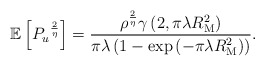
\begin{align*} \!\!\!\!\!\!\mathbb{E}\left[{P_u}^{\frac{2}{\eta}} \right]=\frac{\rho^{\frac{2}{\eta}} \gamma\left(2, \pi \lambda R_{\rm M}^{2} \right)}{\pi\lambda\left( 1-\exp\left(- \pi \lambda R_{\rm M}^{2} \right)\right)}. \end{align*}